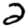
Digit: 2